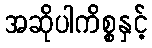
အဆိုပါကိစ္စနှင့်